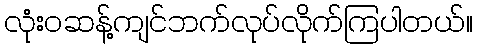
လုံးဝဆန့်ကျင်ဘက်လုပ်လိုက်ကြပါတယ်။